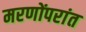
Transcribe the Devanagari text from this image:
मरणोंपरांत